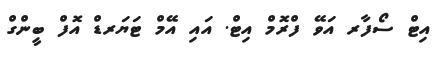
އިޓް ސޯފާރ އަވޭ ފްރޮމް އިޓް. އައި އޭމް ޓަޔަރޑް އޮފް ބީންގް